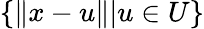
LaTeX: \{ \| x-u\| |u\in U\}